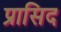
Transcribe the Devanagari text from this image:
प्रासिद